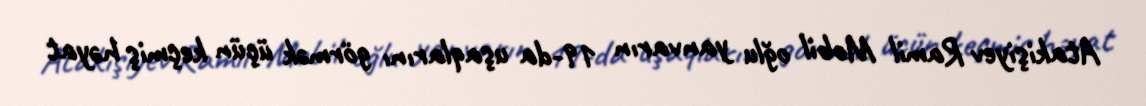
Atakişiyev Ramil Mobil oğlu yanvarın 19-da uşaqlarını görmək üçün keçmiş həyat